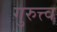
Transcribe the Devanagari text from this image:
गुरुत्त्व